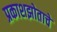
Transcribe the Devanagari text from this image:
प्रकाशझोताचे